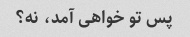
پس تو خواهی آمد، نه؟